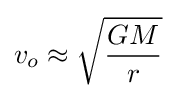
v_{o}\approx {\sqrt {\frac {GM}{r}}}